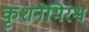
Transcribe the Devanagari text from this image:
कृशनेभिरश्वं